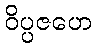
ဝိပ္ပဇဟေ